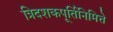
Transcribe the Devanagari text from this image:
त्रिदशकपूर्तिनिमित्ते